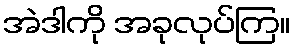
အဲဒါကို အခုလုပ်ကြ။